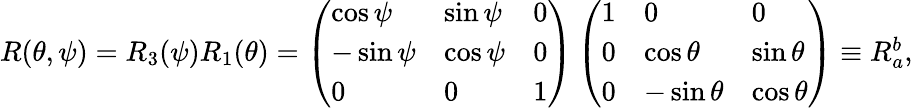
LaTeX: \begin{array}{r}{R(\theta,\psi)=R_{3}(\psi)R_{1}(\theta)=\left(\begin{array}{lll}{\cos\psi}&{\sin\psi}&{0}\\ {-\sin\psi}&{\cos\psi}&{0}\\ {0}&{0}&{1}\end{array}\right)\left(\begin{array}{lll}{1}&{0}&{0}\\ {0}&{\cos\theta}&{\sin\theta}\\ {0}&{-\sin\theta}&{\cos\theta}\end{array}\right)\equiv R_{a}^{b},}\end{array}